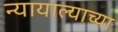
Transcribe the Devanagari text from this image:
न्यायाल्याच्या